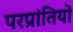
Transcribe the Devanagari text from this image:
परप्रांतियों